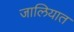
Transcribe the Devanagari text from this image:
जालियात